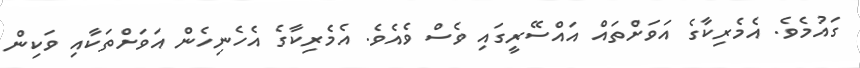
ގައުމެވެ. އެމެރިކާގެ އަވަށްތައް އައްސޭރީގައި ވެސް ވެއެވެ. އެމެރިކާގެ އެހެނިހެން އަވަށްތަކާއި ވަކިން